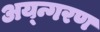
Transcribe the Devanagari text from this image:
अय्न्गरण